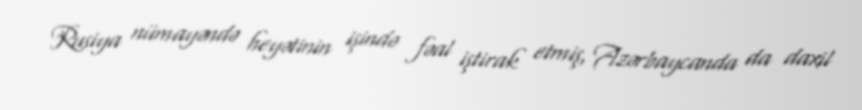
Rusiya nümayəndə heyətinin işində fəal iştirak etmiş, Azərbaycanda da daxil